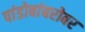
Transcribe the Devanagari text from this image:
पांडोबांबरोबर